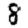
Digit: 8